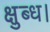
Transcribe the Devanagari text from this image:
क्षुब्ध।